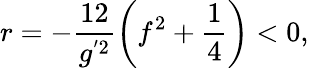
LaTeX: r=-\frac{12}{g^{'2}}\left(f^{2}+\frac{1}{4}\right)<0,